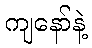
ကျနော်နဲ့